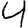
Digit: 4